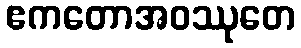
ဧကတောအဝဿုတေ